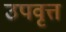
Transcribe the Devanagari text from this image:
उपवृत्त